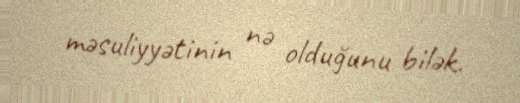
məsuliyyətinin nə olduğunu bilək.